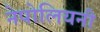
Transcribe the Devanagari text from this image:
नेपोलियनी